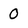
Character: 0